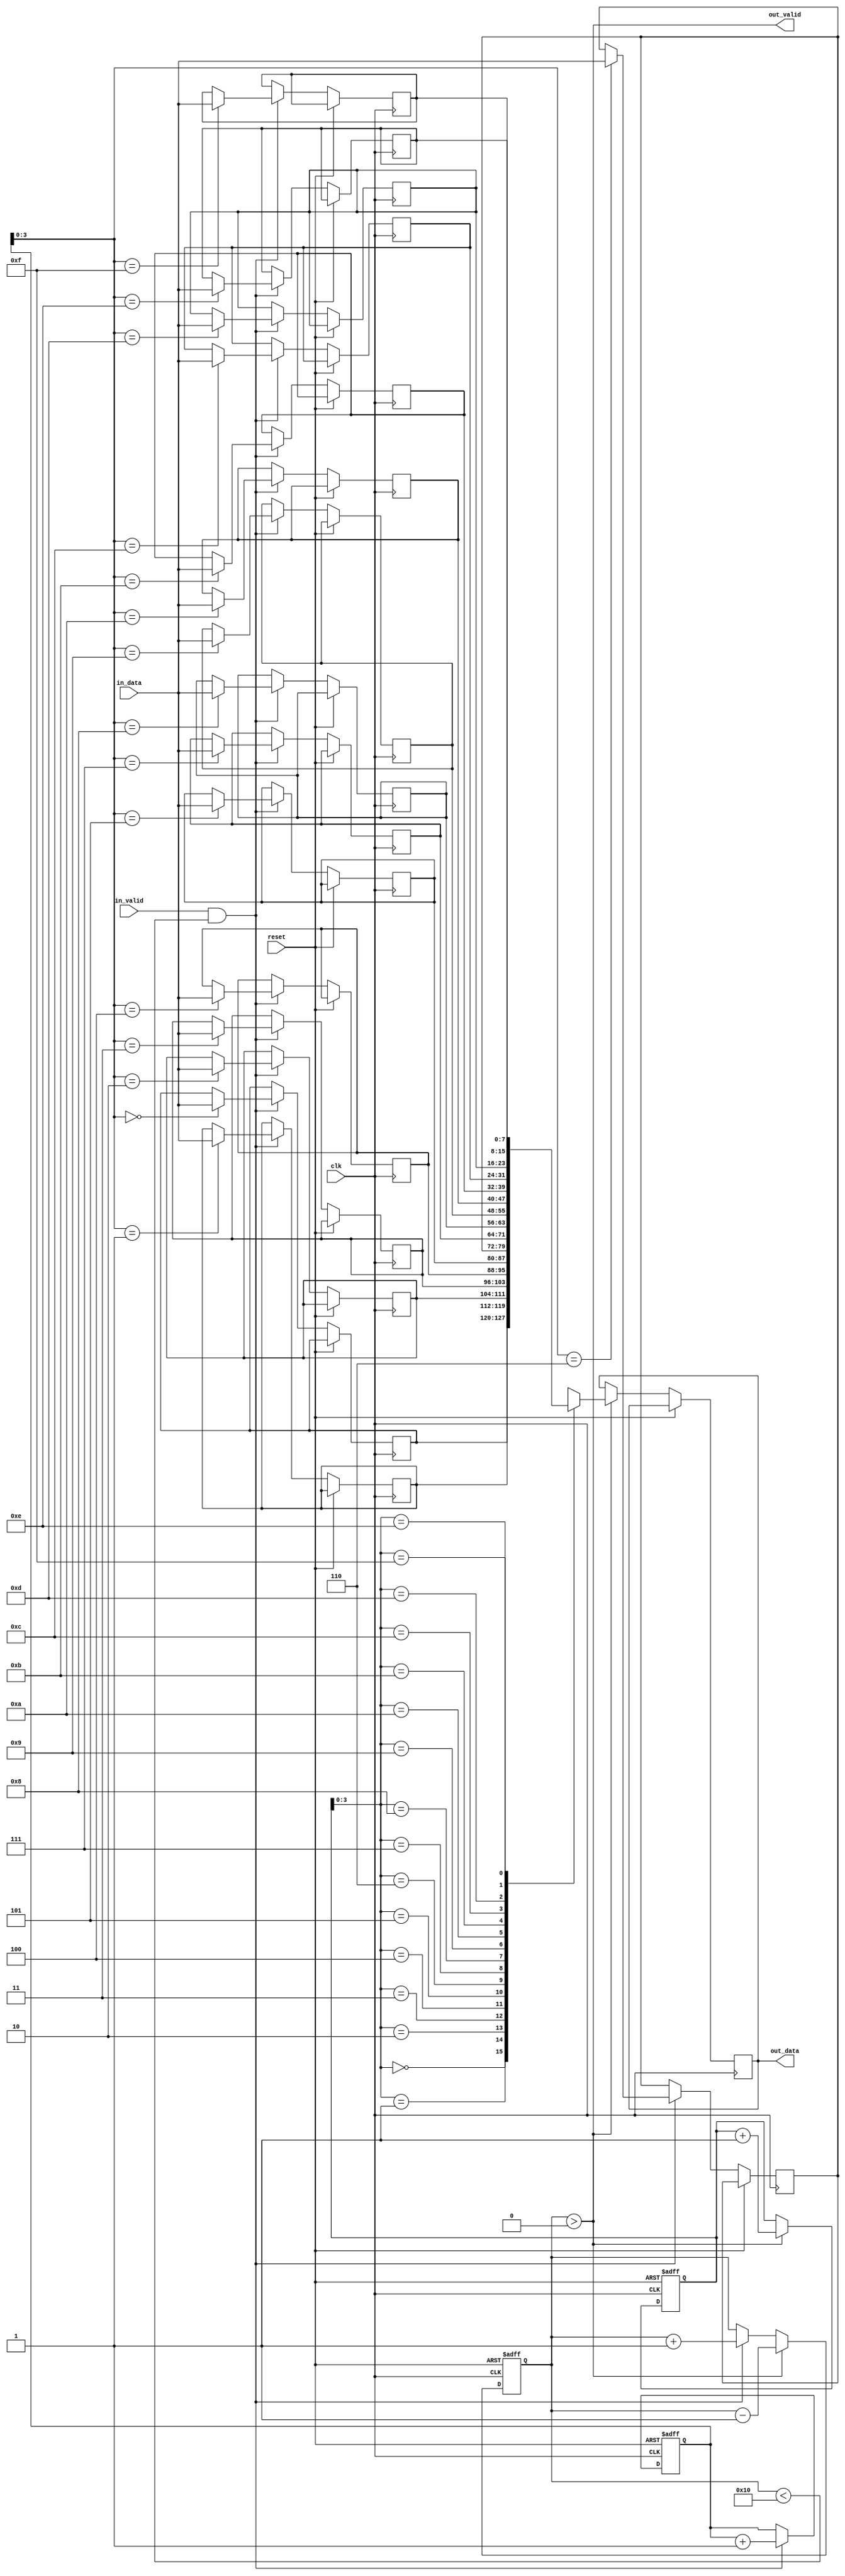
module dual_port_fifo_buffer (
    input wire clk,
    input wire reset,
    input wire [DATA_WIDTH-1:0] in_data,
    input wire in_valid,
    output wire [DATA_WIDTH-1:0] out_data,
    output wire out_valid
);

parameter DATA_WIDTH = 8;
parameter DEPTH = 16;

reg [DATA_WIDTH-1:0] memory [DEPTH-1:0];
reg [DEPTH-1:0] write_ptr;
reg [DEPTH-1:0] read_ptr;
reg [DEPTH-1:0] count;

always @ (posedge clk or posedge reset)
begin
    if (reset) begin
        write_ptr <= 0;
        read_ptr <= 0;
        count <= 0;
    end else begin
        if (in_valid && count < DEPTH) begin
            memory[write_ptr] <= in_data;
            write_ptr <= write_ptr + 1;
            count <= count + 1;
        end
        if (out_valid && count > 0) begin
            out_data <= memory[read_ptr];
            read_ptr <= read_ptr + 1;
            count <= count - 1;
        end
    end
end

assign out_valid = count > 0;

endmodule